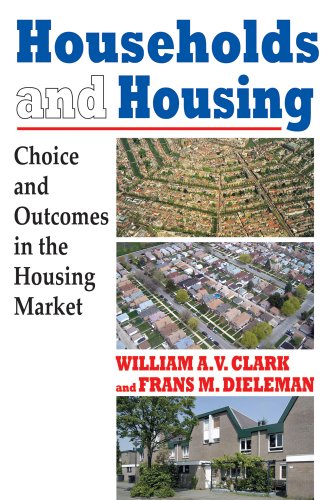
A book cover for Households and Housing: Choice and Outcomes in the Housing Market; William A. V. Clark; Law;